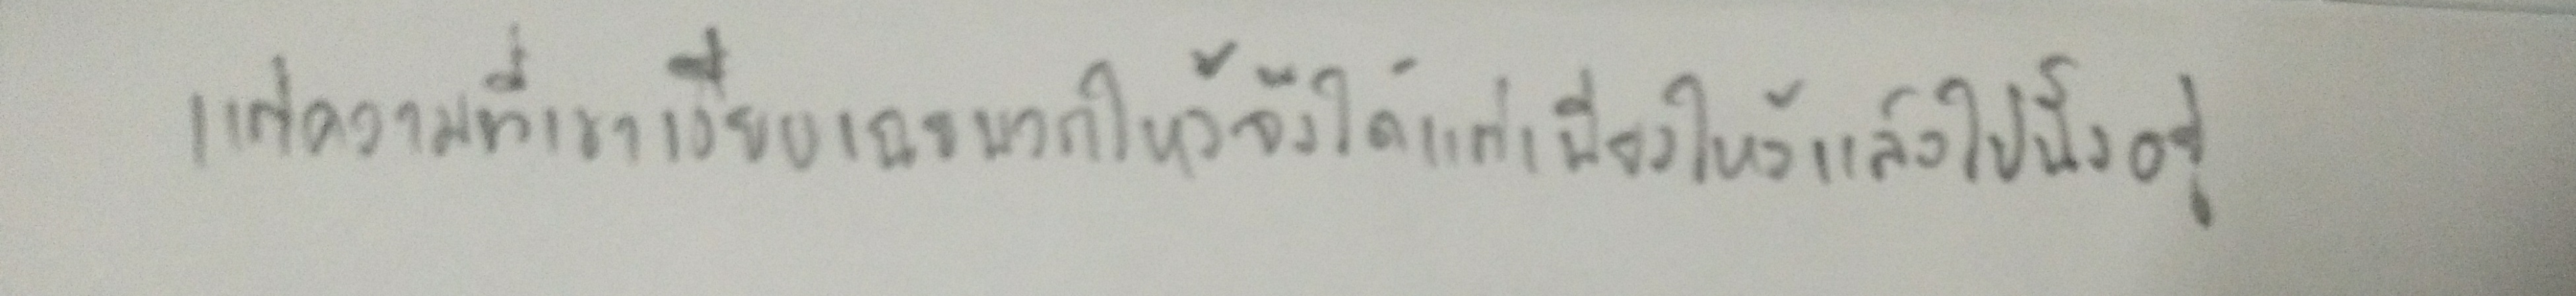
แต่ความที่เขาเงียบเฉยพวกไหว้จึงได้แต่เพียงไหว้แล้วไปนั่งอยู่